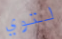
لتوي